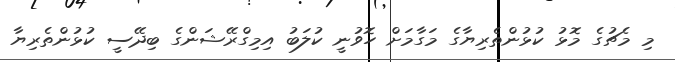
މި މެޗުގެ މޮޅު ކުޅުންތެރިޔާގެ މަގާމަށް ހޮވުނީ ކުލަބު އިމިގްރޭޝަންގެ ބިދޭސީ ކުޅުންތެރިޔާ